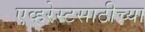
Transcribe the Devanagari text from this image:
एव्हरेस्टसाठीच्या